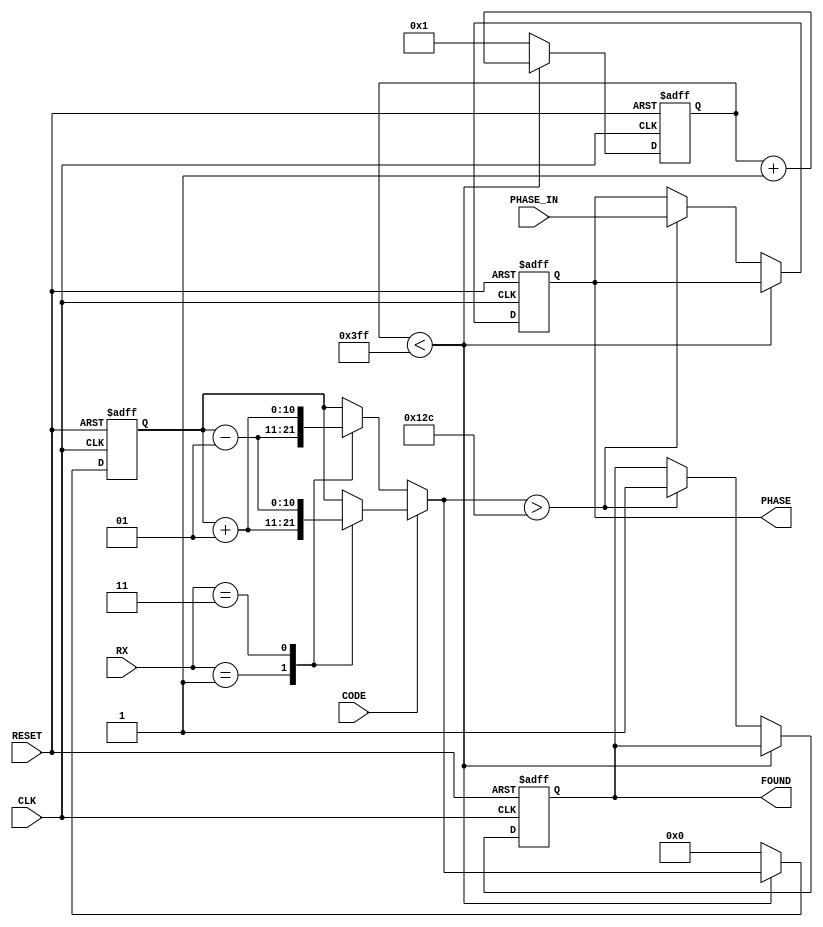
`timescale 1ns / 1ps

// Correlator to determine if coarse acquisition code is present in GPS signal.
// GPS signal is superposition of two C/A codes, where each code is 1 or -1.
module correlator(RESET, CLK, CODE, PHASE_IN, RX, FOUND, PHASE);
	input RESET;
	input CLK;
	input CODE;                // Gold/coarse acquisition code
	input [9:0] PHASE_IN;
	input [1:0] RX;            // GPS signal
	output FOUND;
	output [9:0] PHASE;

	reg FOUND = 0;             // Indicates matching coarse acquisition code
	reg [9:0] PHASE = 0;
	reg [9:0] chip = 1;        // Counts chip correlations
	reg signed [10:0] sum = 0; // Accumulates correlation results

	always @(posedge CLK or posedge RESET) begin
		if (RESET == 1) begin
			FOUND = 0;
			PHASE = 0;
			chip = 1;
			sum = 0;
		end else begin
			if (CODE == 0) begin // CODE == -1, correlating with RX == -2
				case (RX)
					2'b01: sum = sum - 1; // RX == 2
					2'b11: sum = sum + 1; // RX == -2
				endcase
			end else begin // CODE == 1, correlating with RX == 2
				case (RX)
					2'b01: sum = sum + 1; // RX == 2
					2'b11: sum = sum - 1; // RX == -2
				endcase
			end
			if (chip < 1023) begin
				chip = chip + 1;
			end else begin // chip == 1023
				if (sum > 300) begin	// Threshold of 300 to determine
					FOUND = 1;			// presence of the satellite for
					PHASE = PHASE_IN;	// which CODE is being generated.
				end
				chip = 1;
				sum = 0;
			end
		end
	end

endmodule